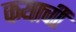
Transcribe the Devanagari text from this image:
कयाचीं